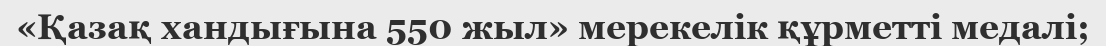
«Қазақ хандығына 550 жыл» мерекелік құрметті медалі;